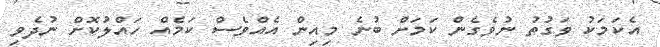
އެކަމަކު ވަގުތު ނުވެގެން ކަމަށް ބުނެ މިއިން އެއްވެސް ކަމެއް ހައްލުކޮށް ނުދެވި